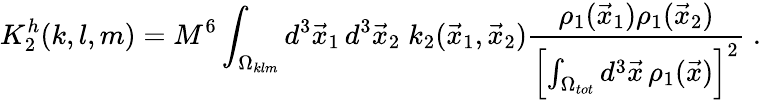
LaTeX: K_{2}^{h}(k,l,m)=M^{6}\int_{\Omega_{klm}}d^{3}\vec{x}_{1}\, d^{3}\vec{x}_{2}\; k_{2}(\vec{x}_{1},\vec{x}_{2}){\frac{\rho_{1}(\vec{x}_{1})\rho_{1}(\vec{x}_{2})}{\left[\int_{\Omega_{tot}}d^{3}\vec{x}\, \rho_{1}(\vec{x})\right]^{2}}}\; .